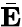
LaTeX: \bar{\mathbf E}